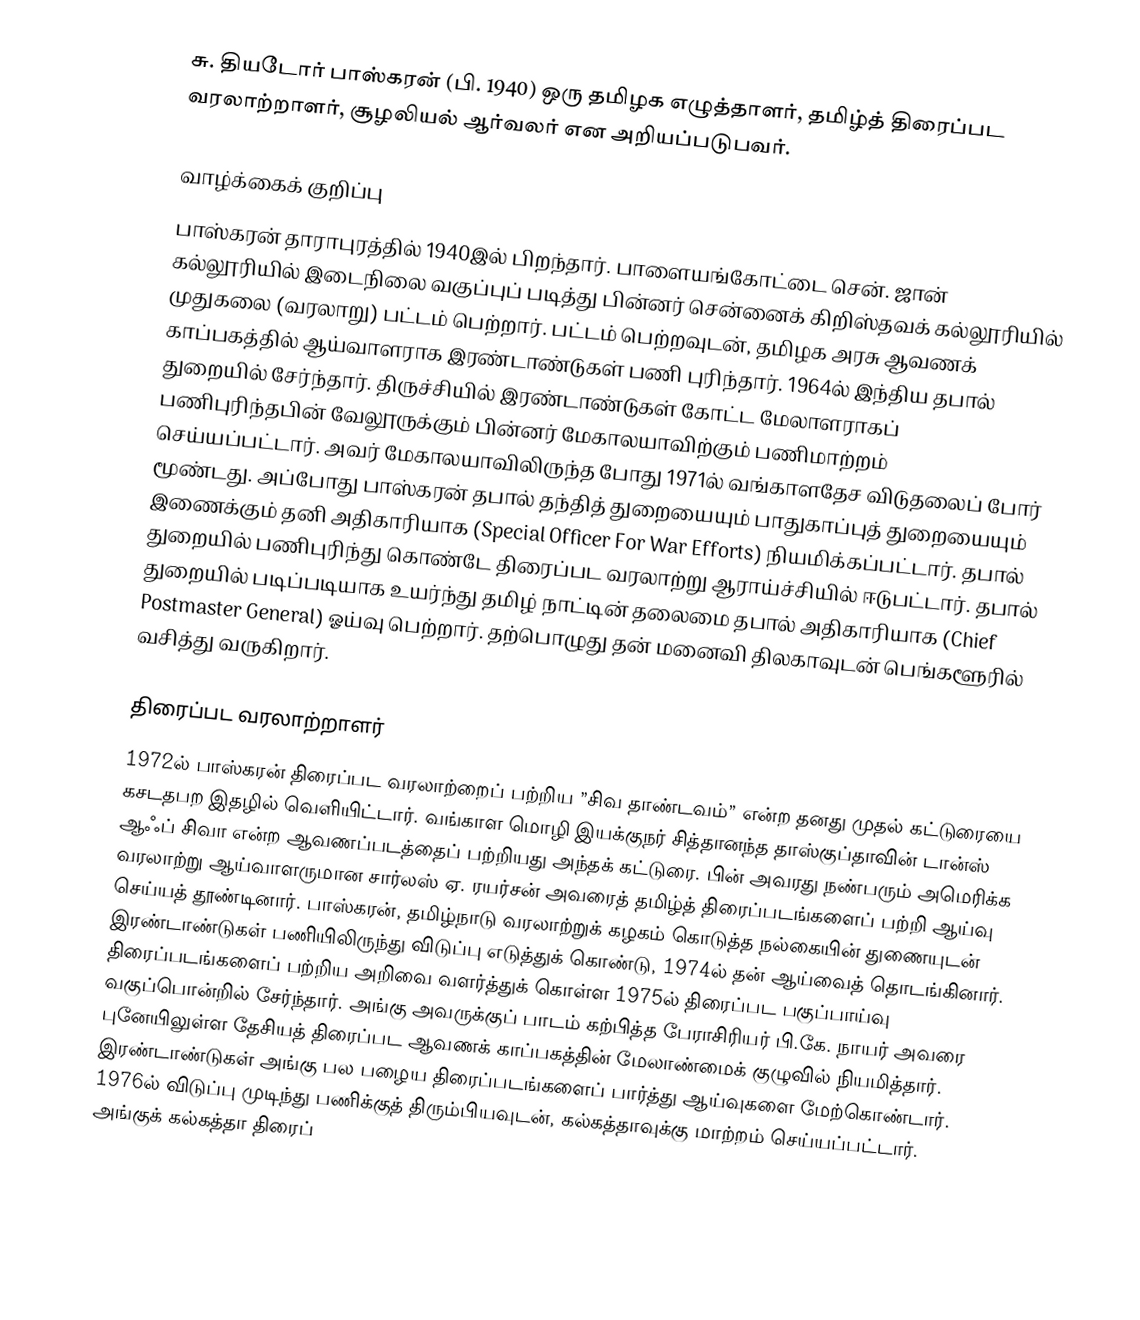
சு. தியடோர் பாஸ்கரன் (பி. 1940) ஒரு தமிழக எழுத்தாளர், தமிழ்த் திரைப்பட வரலாற்றாளர், சூழலியல் ஆர்வலர் என அறியப்படுபவர்.

வாழ்க்கைக் குறிப்பு
பாஸ்கரன் தாராபுரத்தில் 1940இல் பிறந்தார். பாளையங்கோட்டை சென். ஜான் கல்லூரியில் இடைநிலை வகுப்புப் படித்து பின்னர் சென்னைக் கிறிஸ்தவக் கல்லூரியில் முதுகலை (வரலாறு) பட்டம் பெற்றார். பட்டம் பெற்றவுடன், தமிழக அரசு ஆவணக் காப்பகத்தில் ஆய்வாளராக இரண்டாண்டுகள் பணி புரிந்தார். 1964ல் இந்திய தபால் துறையில் சேர்ந்தார். திருச்சியில் இரண்டாண்டுகள் கோட்ட மேலாளராகப் பணிபுரிந்தபின் வேலூருக்கும் பின்னர் மேகாலயாவிற்கும் பணிமாற்றம் செய்யப்பட்டார். அவர் மேகாலயாவிலிருந்த போது 1971ல் வங்காளதேச விடுதலைப் போர் மூண்டது. அப்போது பாஸ்கரன் தபால் தந்தித் துறையையும் பாதுகாப்புத் துறையையும் இணைக்கும் தனி அதிகாரியாக (Special Officer For War Efforts) நியமிக்கப்பட்டார். தபால் துறையில் பணிபுரிந்து கொண்டே திரைப்பட வரலாற்று ஆராய்ச்சியில் ஈடுபட்டார். தபால் துறையில் படிப்படியாக உயர்ந்து தமிழ் நாட்டின் தலைமை தபால் அதிகாரியாக (Chief Postmaster General) ஓய்வு பெற்றார். தற்பொழுது தன் மனைவி திலகாவுடன் பெங்களூரில் வசித்து வருகிறார்.

திரைப்பட வரலாற்றாளர்
1972ல் பாஸ்கரன் திரைப்பட வரலாற்றைப் பற்றிய ”சிவ தாண்டவம்” என்ற தனது முதல் கட்டுரையை கசடதபற இதழில் வெளியிட்டார். வங்காள மொழி இயக்குநர் சித்தானந்த தாஸ்குப்தாவின் டான்ஸ் ஆஃப் சிவா என்ற ஆவணப்படத்தைப் பற்றியது அந்தக் கட்டுரை. பின் அவரது நண்பரும் அமெரிக்க வரலாற்று ஆய்வாளருமான சார்லஸ் ஏ. ரயர்சன் அவரைத் தமிழ்த் திரைப்படங்களைப் பற்றி ஆய்வு செய்யத் தூண்டினார். பாஸ்கரன், தமிழ்நாடு வரலாற்றுக் கழகம் கொடுத்த நல்கையின் துணையுடன் இரண்டாண்டுகள் பணியிலிருந்து விடுப்பு எடுத்துக் கொண்டு, 1974ல் தன் ஆய்வைத் தொடங்கினார். திரைப்படங்களைப் பற்றிய அறிவை வளர்த்துக் கொள்ள 1975ல் திரைப்பட பகுப்பாய்வு வகுப்பொன்றில் சேர்ந்தார். அங்கு அவருக்குப் பாடம் கற்பித்த பேராசிரியர் பி.கே. நாயர் அவரை புனேயிலுள்ள தேசியத் திரைப்பட ஆவணக் காப்பகத்தின் மேலாண்மைக் குழுவில் நியமித்தார். இரண்டாண்டுகள் அங்கு பல பழைய திரைப்படங்களைப் பார்த்து ஆய்வுகளை மேற்கொண்டார். 1976ல் விடுப்பு முடிந்து பணிக்குத் திரும்பியவுடன், கல்கத்தாவுக்கு மாற்றம் செய்யப்பட்டார். அங்குக் கல்கத்தா திரைப்